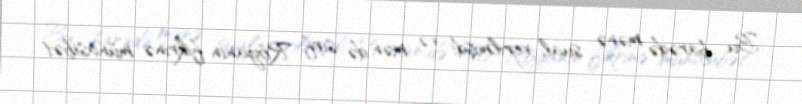
Bu barədə mənə sual verilmişdi və mən də sırf Röyanın fikrinə münasibət